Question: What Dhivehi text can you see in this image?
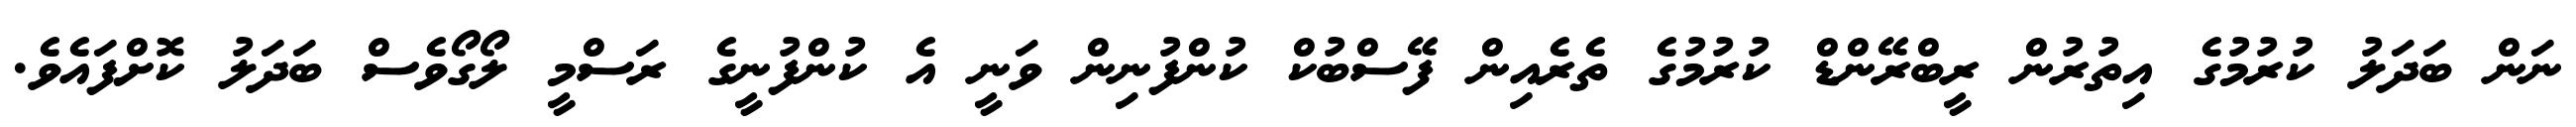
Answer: ނަން ބަދަލު ކުރުމުގެ އިތުރުން ރީބްރޭންޑް ކުރުމުގެ ތެރެއިން ފޭސްބުކް ކުންފުނިން ވަނީ އެ ކުންފުނީގެ ރަސްމީ ލޯގޯވެސް ބަދަލު ކޮށްފައެވެ.